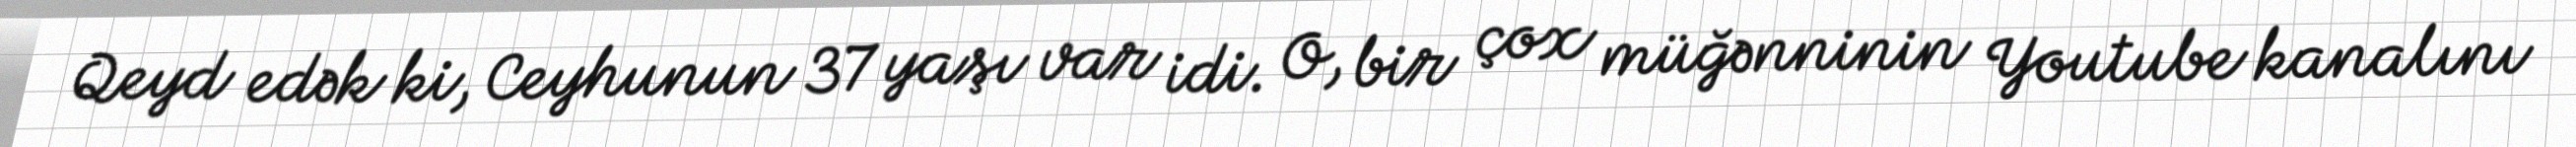
Qeyd edək ki, Ceyhunun 37 yaşı var idi. O, bir çox müğənninin Youtube kanalını